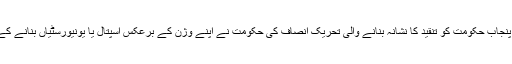
لیکن سوال یہ ہے کہ اورنج لائن ٹرین اور میٹرو منصوبوں پر پنجاب حکومت کو تنقید کا نشانہ بنانے والی تحریک انصاف کی حکومت نے اپنے وژن کے برعکس اسپتال یا یونیورسٹیاں بنانے کے بجائے جنگلہ بس یعنی بی آر ٹی چلانے کا فیصلہ کیوں کیا ؟